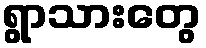
ရွာသားတွေ